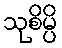
သုစိမ္ပိ